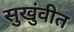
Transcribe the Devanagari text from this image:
सुखुंवीत